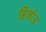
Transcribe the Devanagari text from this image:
बिजोऊ